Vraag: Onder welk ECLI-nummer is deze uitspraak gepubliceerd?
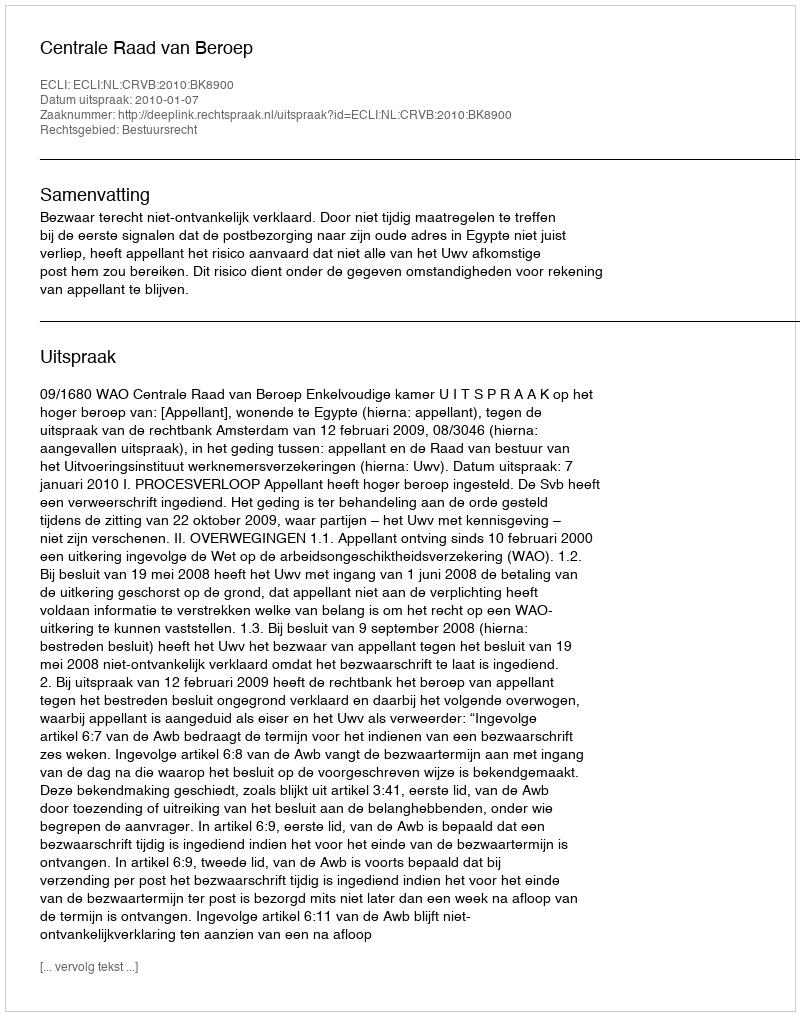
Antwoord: ECLI:NL:CRVB:2010:BK8900